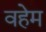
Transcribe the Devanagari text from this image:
वहेम